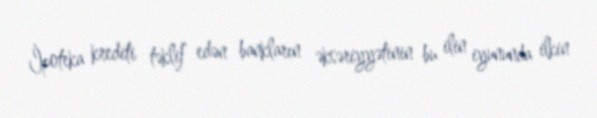
İpoteka krediti təklif edən bankların əksəriyyətinin bu ilin iyununda ilkin